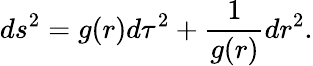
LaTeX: ds^{2}=g(r)d\tau^{2}+{\frac{1}{g(r)}}dr^{2}.